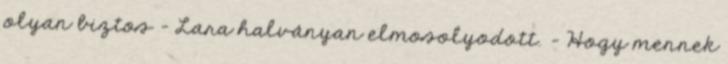
olyan biztos – Lara halványan elmosolyodott. – Hogy mennek